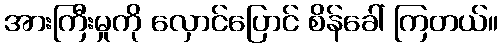
အားကြီးမှုကို လှောင်ပြောင် စိန်ခေါ် ကြတယ်။